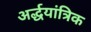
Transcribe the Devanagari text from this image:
अर्द्धयांत्रिक